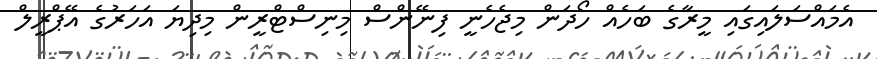
އެމައްސަލައިގައި މީރާގެ ބަހެއް ހޯދަން މިޖެހެނީ ފިނޭންސް މިނިސްޓްރީން މިދިޔަ އަހަރުގެ އޭޕްރީލް